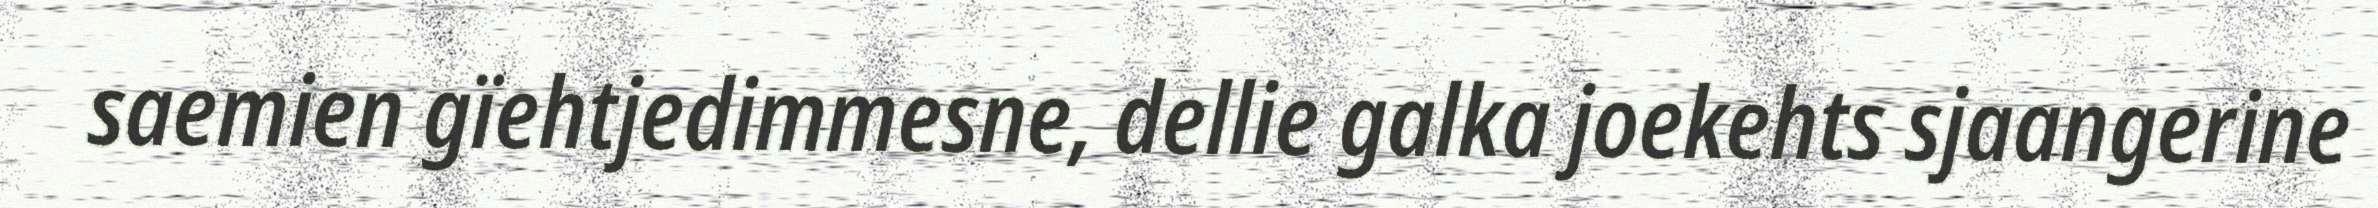
saemien gïehtjedimmesne, dellie galka joekehts sjaangerine